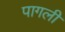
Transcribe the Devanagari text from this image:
पागली